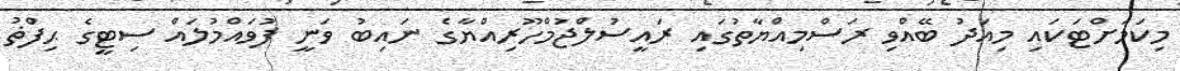
މިކަމަށްޓަކައި މިއަދު ބޭއްވި ރަސްމިއްޔާތުގައި ރައީސުލްޖުމްހޫރިއްޔާގެ ނައިބު ވަނީ ފުވައްމުލައް ސިޓީގެ ޙިފްޡު